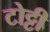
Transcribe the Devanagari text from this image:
टोट्टी